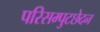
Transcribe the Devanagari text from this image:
परिसम्पुटछेदन